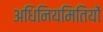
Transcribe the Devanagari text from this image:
अधिनियमितियों